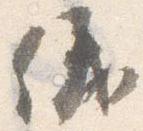
儀